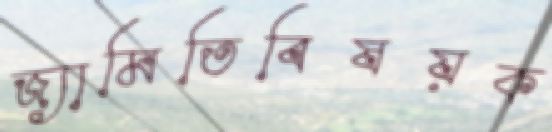
জ্যামিতিবিষয়ক